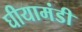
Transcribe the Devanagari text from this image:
घीयामंडी